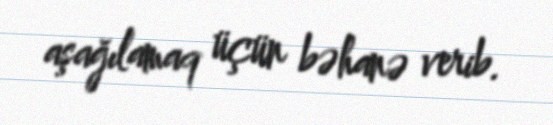
aşağılamaq üçün bəhanə verib.